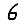
Digit: 6